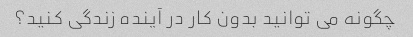
چگونه می توانید بدون کار در آینده زندگی کنید؟